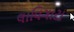
લાવિગાટા